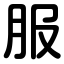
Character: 服